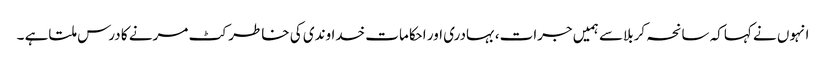
انہوں نے کہاکہ سانحہ کربلاسے ہمیں جرات،بہادری اور احکامات خداوندی کی خاطر کٹ مرنے کا درس ملتاہے ۔